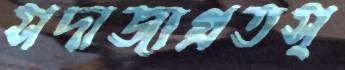
সদাজাগ্রতস্